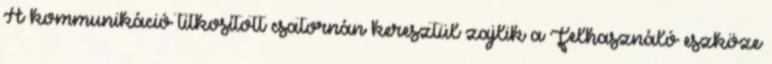
A kommunikáció titkosított csatornán keresztül zajlik a Felhasználó eszköze